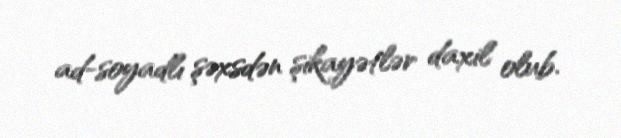
ad-soyadlı şəxsdən şikayətlər daxil olub.